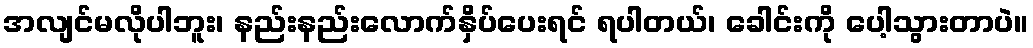
အလျင်မလိုပါဘူး၊ နည်းနည်းလောက်နှိပ်ပေးရင် ရပါတယ်၊ ခေါင်းကို ပေါ့သွားတာပဲ။